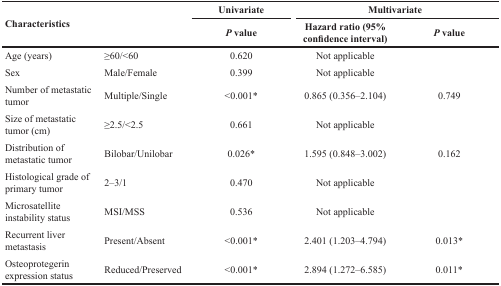
<table><thead><tr><td rowspan="2" colspan="2"><b>Characteristics</b></td><td><b>Univariate</b></td><td colspan="2"><b>Multivariate</b></td></tr><tr><td><b><i>P</i> value</b></td><td><b>Hazard ratio (95% confidence interval)</b></td><td><b><i>P</i> value</b></td></tr></thead><tbody><tr><td>Age (years)</td><td>≥60/&lt;60</td><td>0.620</td><td>Not applicable</td><td></td></tr><tr><td>Sex</td><td>Male/Female</td><td>0.399</td><td>Not applicable</td><td></td></tr><tr><td>Number of metastatic tumor</td><td>Multiple/Single</td><td>&lt;0.001*</td><td>0.865 (0.356–2.104)</td><td>0.749</td></tr><tr><td>Size of metastatic tumor (cm)</td><td>≥2.5/&lt;2.5</td><td>0.661</td><td>Not applicable</td><td></td></tr><tr><td>Distribution of metastatic tumor</td><td>Bilobar/Unilobar</td><td>0.026*</td><td>1.595 (0.848–3.002)</td><td>0.162</td></tr><tr><td>Histological grade of primary tumor</td><td>2–3/1</td><td>0.470</td><td>Not applicable</td><td></td></tr><tr><td>Microsatellite instability status</td><td>MSI/MSS</td><td>0.536</td><td>Not applicable</td><td></td></tr><tr><td>Recurrent liver metastasis</td><td>Present/Absent</td><td>&lt;0.001*</td><td>2.401 (1.203–4.794)</td><td>0.013*</td></tr><tr><td>Osteoprotegerin expression status</td><td>Reduced/Preserved</td><td>&lt;0.001*</td><td>2.894 (1.272–6.585)</td><td>0.011*</td></tr></tbody></table>